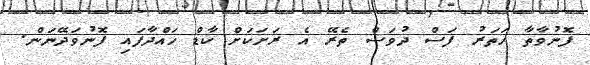
ފޮނުވާތާ ހަތަރު ފަސް ދުވަސް ތެރޭ އެ ރަށަކަށް ކާޑް ހައްދާފައި ފޮނުވަދޭނަންް.